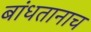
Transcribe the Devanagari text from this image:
बांधतानाच